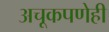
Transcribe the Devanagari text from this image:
अचूकपणेही